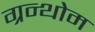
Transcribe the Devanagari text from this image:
ग्रन्थोम